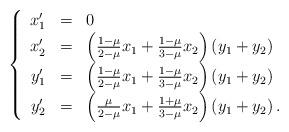
LaTeX: \begin{align*}\begin{cases}\begin{array}{ccl}x_{1}' & = & 0\\x_{2}' & = & \left(\frac{1-\mu}{2-\mu}x_{1}+\frac{1-\mu}{3-\mu}x_{2}\right)\left(y_{1}+y_{2}\right)\\y_{1}' & = & \left(\frac{1-\mu}{2-\mu}x_{1}+\frac{1-\mu}{3-\mu}x_{2}\right)\left(y_{1}+y_{2}\right)\\y_{2}' & = & \left(\frac{\mu}{2-\mu}x_{1}+\frac{1+\mu}{3-\mu}x_{2}\right)\left(y_{1}+y_{2}\right).\end{array}\end{cases}\end{align*}